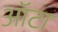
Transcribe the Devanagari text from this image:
ऑटा